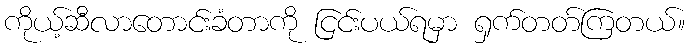
ကိုယ့်ဆီလာတောင်းခံတာကို ငြင်းပယ်ရမှာ ရှက်တတ်ကြတယ်။